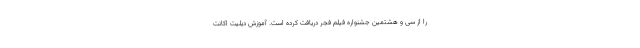
را از سی و هشتمین جشنواره فیلم فجر دریافت کرده است. آموزش دیلیت اکانت